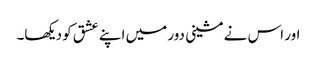
اور اس نے مشینی دور میں اپنے عشق کو دیکھا۔